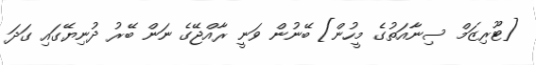
[ޓޫރިޒަމް ސިނާއަތުގެ މީހުން] ބޭނުން ވަނީ ރާއްޖޭގެ ނަން ބޭރު ދުނިޔޭގައި ގަދަ